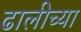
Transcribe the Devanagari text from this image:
ढालीच्या